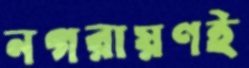
নগরায়ণই